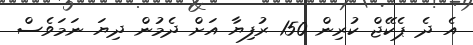
އެ ދެ ޕެކޭޖް ކުރިން 150 ރުފިޔާ އަށް ދެމުން ދިޔަ ނަމަވެސް